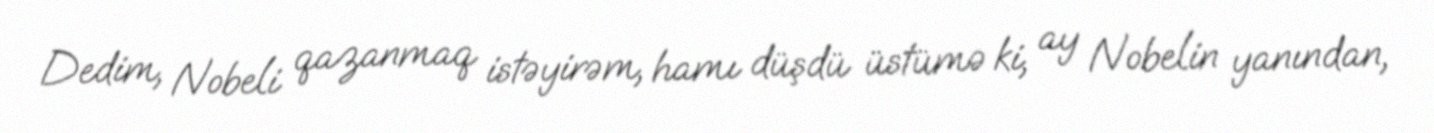
Dedim, Nobeli qazanmaq istəyirəm, hamı düşdü üstümə ki, ay Nobelin yanından,